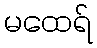
မထေရ်